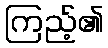
ကြည့်၏